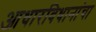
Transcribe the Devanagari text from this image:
आधारविधानांचा